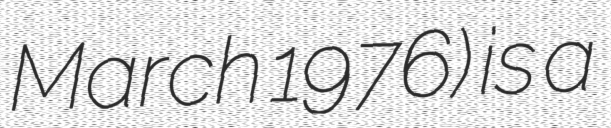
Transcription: March 1976) is a